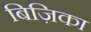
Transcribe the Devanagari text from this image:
बिज़िका